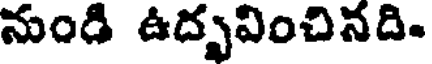
నుండి ఉద్భవించినది.